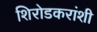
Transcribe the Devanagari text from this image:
शिरोडकरांशी